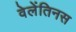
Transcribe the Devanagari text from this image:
वेलेंतिनस